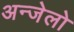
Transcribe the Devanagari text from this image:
अन्जेलो